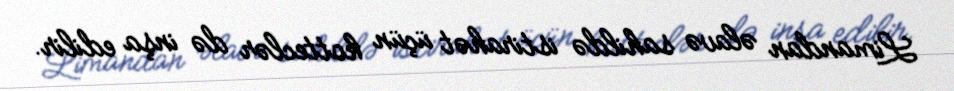
Limandan əlavə sahildə istirahət üçün kotteclər də inşa edilir.